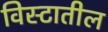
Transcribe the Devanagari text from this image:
विस्टातील